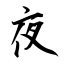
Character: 夜